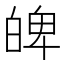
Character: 𤽹